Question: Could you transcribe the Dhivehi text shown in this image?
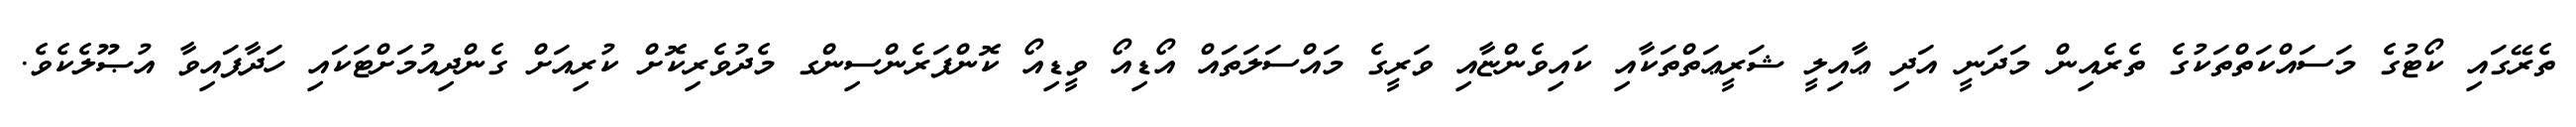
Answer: ތެރޭގައި ކޯޓުގެ މަސައްކަތްތަކުގެ ތެރެއިން މަދަނީ އަދި ޢާއިލީ ޝަރީޢަތްތަކާއި ކައިވެންޏާއި ވަރީގެ މައްސަލަތައް އޯޑިއޯ ވީޑިއޯ ކޮންފަރެންސިންގ މެދުވެރިކޮށް ކުރިއަށް ގެންދިއުމަށްޓަކައި ހަދާފައިވާ އުޞޫލެކެވެ.